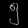
Digit: ၅